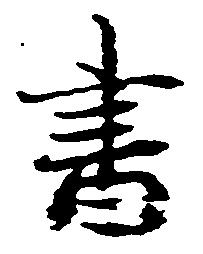
書